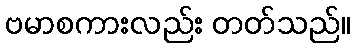
ဗမာစကားလည်း တတ်သည်။